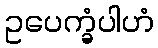
ဥပေက္ခံပါဟံ